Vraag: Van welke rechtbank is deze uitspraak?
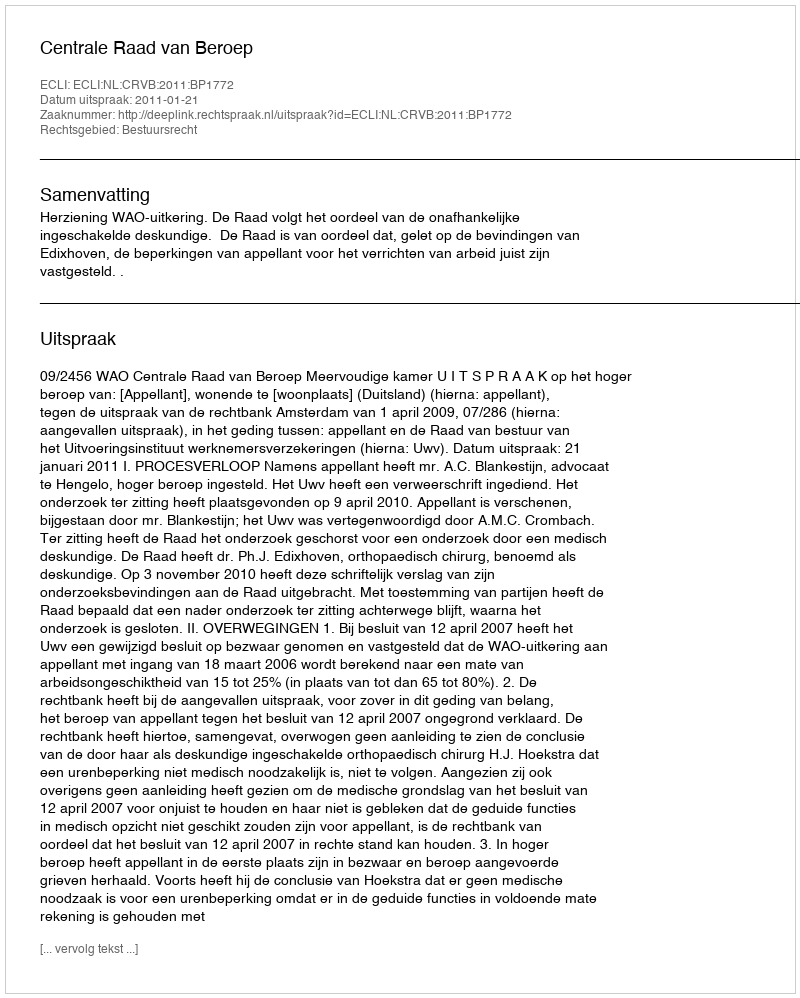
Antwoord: Centrale Raad van Beroep